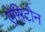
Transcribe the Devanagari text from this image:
ऐसिटोन